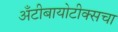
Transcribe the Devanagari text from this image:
अँटीबायोटीक्सचा